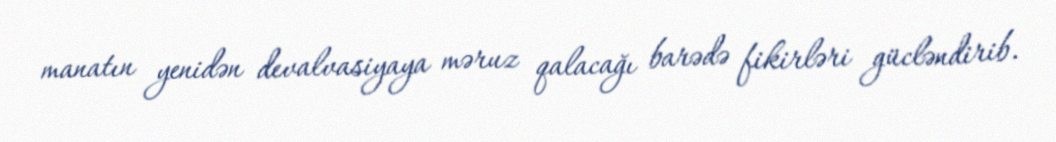
manatın yenidən devalvasiyaya məruz qalacağı barədə fikirləri gücləndirib.